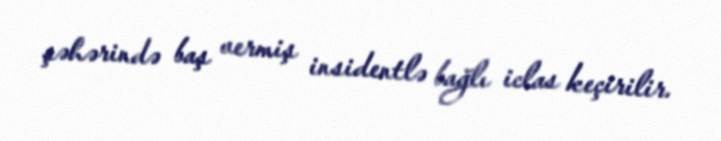
şəhərində baş vermiş insidentlə bağlı iclas keçirilir.